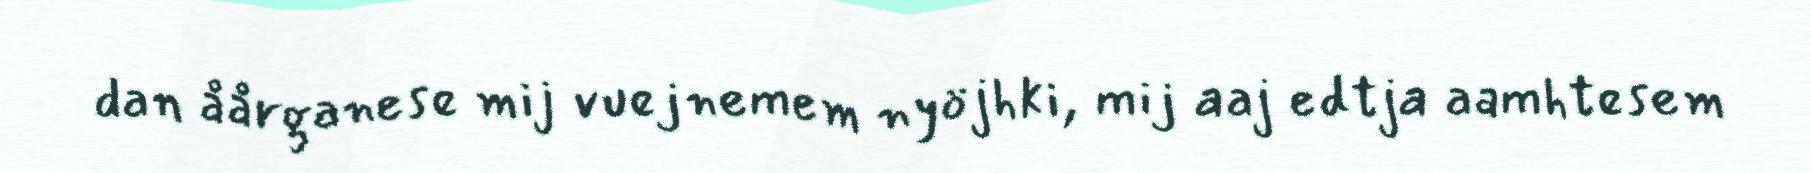
dan åårganese mij vuejnemem nyöjhki, mij aaj edtja aamhtesem